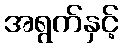
အရွက်နှင့်